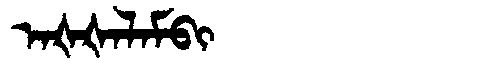
Manchu: ᠠᡧᡧᠠᠯᠠᠮᠪᡳ
Romanization: AŠŠALAMBI